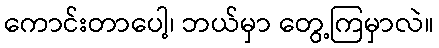
ကောင်းတာပေါ့၊ ဘယ်မှာ တွေ့ကြမှာလဲ။